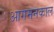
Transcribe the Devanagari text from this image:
आगमनकाल